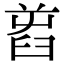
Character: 𦥭